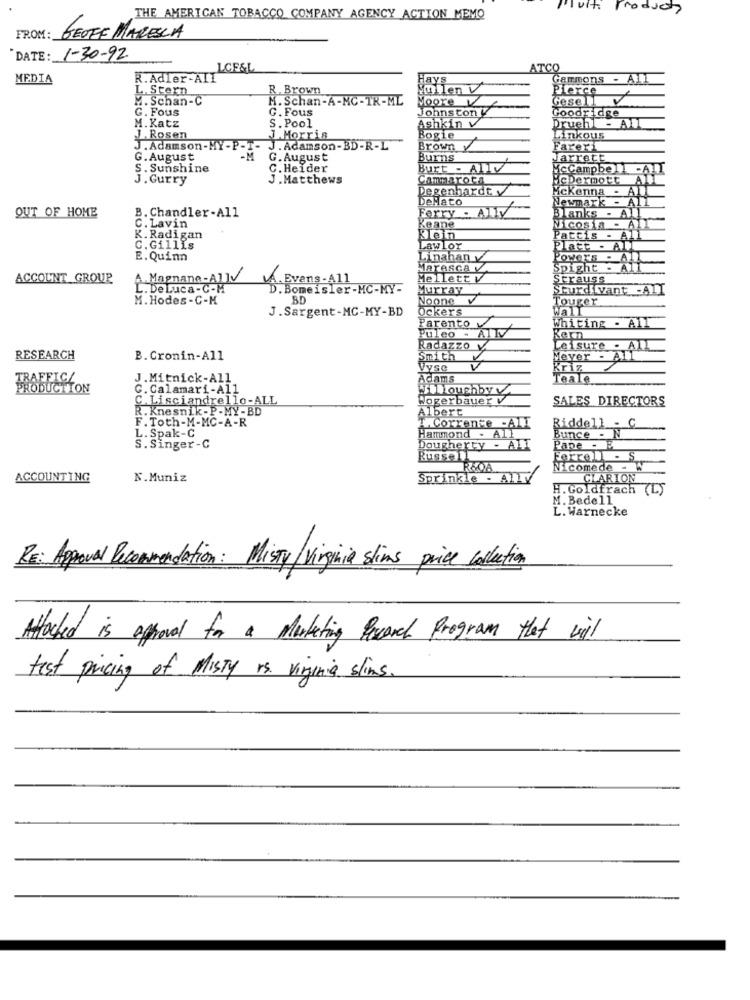
Products
THE AMERICAN TOBACCO COMPANY AGENCY ACTION MEMO
FROM : GEOFF MARESCA
DATE: 1-30-92
LCE&L
ATCO
MEDIA
R.Adler-AII
Hays
Gammons - All
L. Stern
R. Brown
Vullen
Pierce
M. Schan-C
M. Schan-A-MC-TR-ML
Moore V
Gesell
G. Fous
G. Fous
Johns ton
Goodridge
S. Pool
M. Katz
Ashkin v
Druehl - All
J. Rosen
J. Morris
Bogie
Linkous
J. Adamson-MY-P-I- J. Adamson-BD-R-L
Brown
Fareri
G.August
G. August
Burns
Jarrett
S. Sunshine
C. Heider
Burt - ALLV
McCampbell -A]
J. Gurry
J.Matthews
Cammarota
MCDermott All
ALL
Degenhardt
DeHato
Newmark - AIL
Mckenna - ALL
OUT OF HOME
B. Chandler-All
Ferry . Ally
Blanks - All
c. Lavin
Keane
Nicosia - All
K. Radigan
Klein
Pattis - Al
C.Gillis
LawLor
E. Quinn
Linahany
Powers
MATASCA V
Spight
ACCOUNT GROUP
.Magnane-A]]
A. Evans -A11
Mellett v
Strauss
L. De Luca- C-M
D. Bomeisler-MC-MY=
Murray
Sturd vant -AII
M. Hodes- C-K
BD
Noone v
Touger
J. Sargent-MC-MY-BD
Ockers
Wall
Parento
Whiting - All
Puleo
Kern
Radazzo
Leisure - ALL
RESEARCH
B. Cronin-All
Smith
Meyer - All
VySC
Kriz
RAFFIC/
J.Mitnick-All
Adams
Teale
PRODUCTION
C. Calamari-All
Willoughby v
C. Lisciandrello-ALL
Wogerbauer V
SALES DIRECTORS
R. Knesnik-P-MY-BD
Albert
F. Toth-M-MC-A-R
I Corrente -ALI
Riddell - C
L. Spak-C
Hammond - All
Bunce - N
S. Singer-C
Dougherty - ALI
Pape - E
Russell
Ferrol - S
R&OA
Nicomede - w
ACCOUNTING
N.Muniz
Sprinkle - AllV
CLARION
H. Goldfrach (L)
M. Bedell
L. Warnecke
RE: Approval Recommendation: Misty/virginia slims price colection
Attached is approval for a Marketing Perarch Program that wil
test pricing of Misty rs. virginia slims.